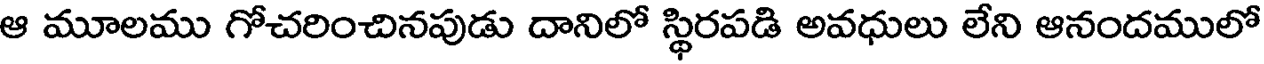
ఆ మూలము గోచరించినపుడు దానిలో స్థిరపడి అవధులు లేని ఆనందములో